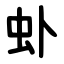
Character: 虲